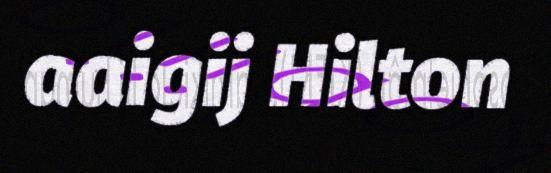
aaigij Hilton